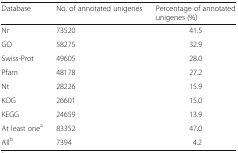
<table><thead><tr><td><b>Database</b></td><td><b>No. of annotated unigenes</b></td><td><b>Percentage of annotated unigenes (%)</b></td></tr></thead><tbody><tr><td>Nr</td><td>73520</td><td>41.5</td></tr><tr><td>GO</td><td>58275</td><td>32.9</td></tr><tr><td>Swiss-Prot</td><td>49605</td><td>28.0</td></tr><tr><td>Pfam</td><td>48178</td><td>27.2</td></tr><tr><td>Nt</td><td>28226</td><td>15.9</td></tr><tr><td>KOG</td><td>26601</td><td>15.0</td></tr><tr><td>KEGG</td><td>24659</td><td>13.9</td></tr><tr><td>At least one<sup>a</sup></td><td>83352</td><td>47.0</td></tr><tr><td>All<sup>b</sup></td><td>7394</td><td>4.2</td></tr></tbody></table>